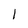
Character: I